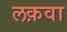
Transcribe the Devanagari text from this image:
लक़वा